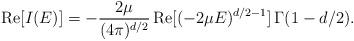
LaTeX: \begin{align*}\mbox{Re}[ I(E) ]=-\frac{2 \mu}{(4 \pi)^{d/2}}\, \mbox{Re}[(-2 \mu E)^{d/2-1}] \, \Gamma(1-d/2). \end{align*}